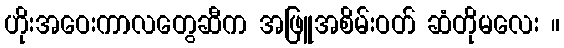
ဟိုးအဝေးကာလတွေဆီက အဖြူအစိမ်းဝတ် ဆံတိုမလေး ။